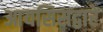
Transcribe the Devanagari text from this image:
आयसिसद्वारे